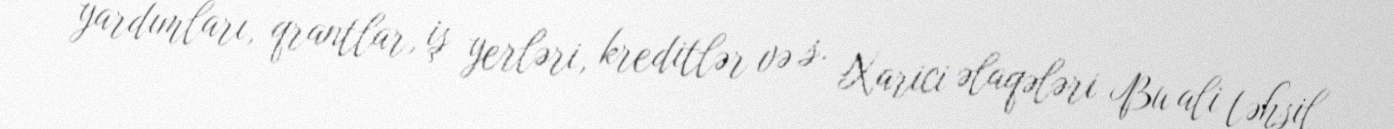
yardımları, qrantlar, iş yerləri, kreditlər və s. Xarici əlaqələri Bu ali təhsil